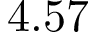
4 . 5 7